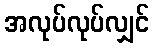
အလုပ်လုပ်လျှင်